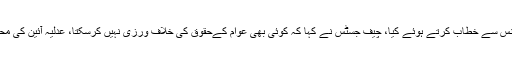
ان خیالات کا اظہار انہوں نے اسلام آباد میں جوڈیشل کانفرنس سے خطاب کرتے ہوئے کیا، چیف جسٹس نے کہا کہ کوئی بھی عوام کےحقوق کی خلاف ورزی نہیں کرسکتا، عدلیہ آئین کی محافظ ہے ہم اپنے حلف سے کبھی بے وفائی نہیں کریں گے۔